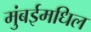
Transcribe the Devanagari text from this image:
मुंबईमधिल